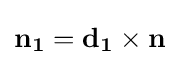
\mathbf {n_{1}} =\mathbf {d_{1}} \times \mathbf {n}